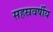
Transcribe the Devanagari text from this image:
सहस्रवर्षीय